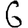
Digit: 6